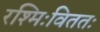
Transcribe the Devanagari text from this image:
रश्मिःविततः